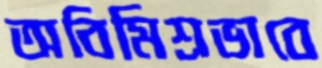
অবিমিশ্রভাবে